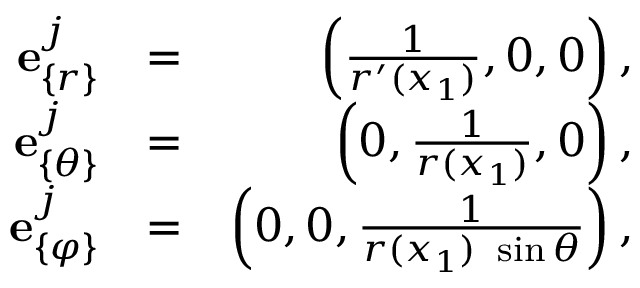
\begin{array} { r l r } { { \bf e } _ { \{ r \} } ^ { j } } & { = } & { \left( \frac { 1 } { r ^ { \prime } ( x _ { 1 } ) } , 0 , 0 \right) , } \\ { { \bf e } _ { \{ \theta \} } ^ { j } } & { = } & { \left( 0 , \frac { 1 } { r ( x _ { 1 } ) } , 0 \right) , } \\ { { \bf e } _ { \{ \varphi \} } ^ { j } } & { = } & { \left( 0 , 0 , \frac { 1 } { r ( x _ { 1 } ) \ \sin \theta } \right) , } \end{array}